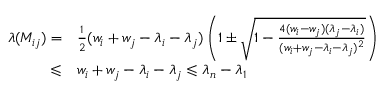
\begin{array} { r l } { \lambda ( M _ { i j } ) = } & { \frac { 1 } { 2 } ( w _ { i } + w _ { j } - \lambda _ { i } - \lambda _ { j } ) \left( 1 \pm \sqrt { 1 - \frac { 4 ( w _ { i } - w _ { j } ) ( \lambda _ { j } - \lambda _ { i } ) } { ( w _ { i } + w _ { j } - \lambda _ { i } - \lambda _ { j } ) ^ { 2 } } } \right) } \\ { \leqslant } & { w _ { i } + w _ { j } - \lambda _ { i } - \lambda _ { j } \leqslant \lambda _ { n } - \lambda _ { 1 } } \end{array}